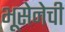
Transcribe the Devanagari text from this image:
भूसेनेची